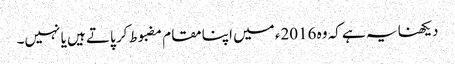
دیکھنا یہ ہے کہ وہ 2016ء میں اپنا مقام مضبوط کر پاتے ہیں یا نہیں۔